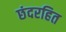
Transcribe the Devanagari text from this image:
छंदरहित